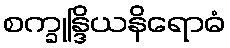
စက္ခုန္ဒြိယနိရောဓံ